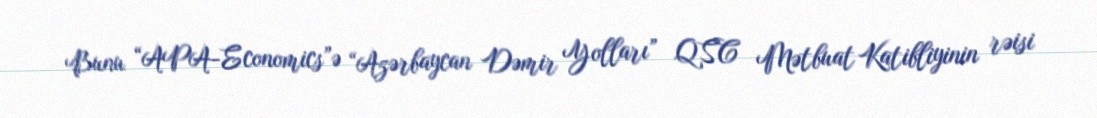
Bunu “APA-Economics”ə “Azərbaycan Dəmir Yolları” QSC Mətbuat Katibliyinin rəisi